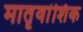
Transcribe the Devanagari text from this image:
मातृवांशिक